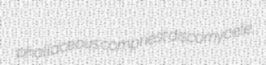
phallaceous compriest discomycete